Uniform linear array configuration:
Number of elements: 4
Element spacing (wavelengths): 0.75
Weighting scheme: cosine
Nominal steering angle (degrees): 30
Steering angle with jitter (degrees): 31.787
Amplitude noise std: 0.05
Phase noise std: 0.05

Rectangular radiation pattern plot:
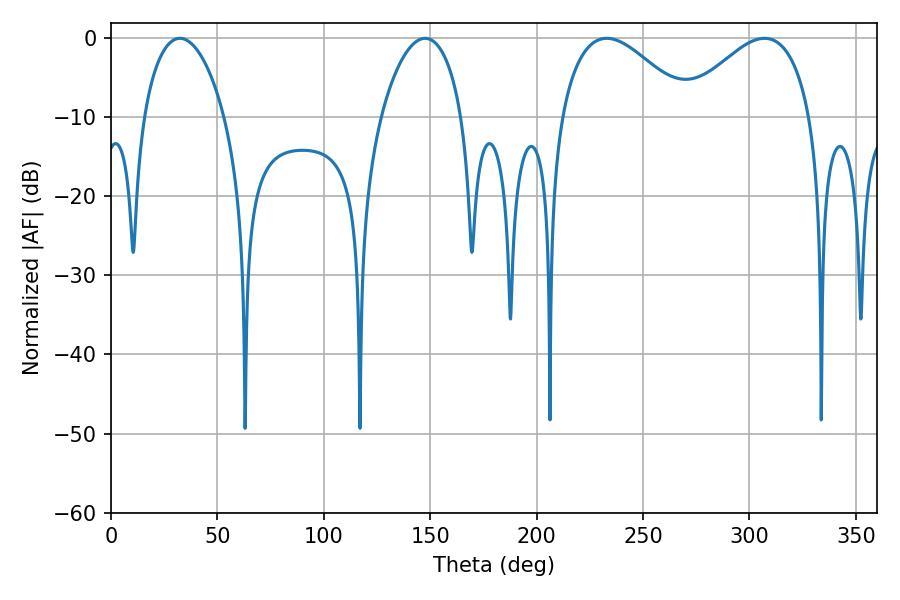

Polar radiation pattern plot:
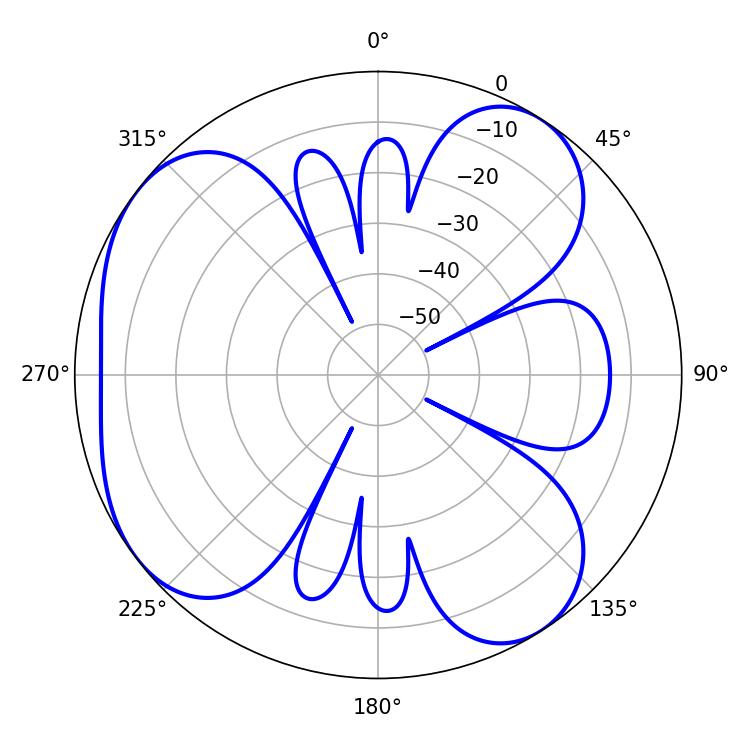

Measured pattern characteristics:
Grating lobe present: TRUE
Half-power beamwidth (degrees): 33.12
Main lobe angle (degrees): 307.08